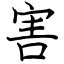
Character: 害